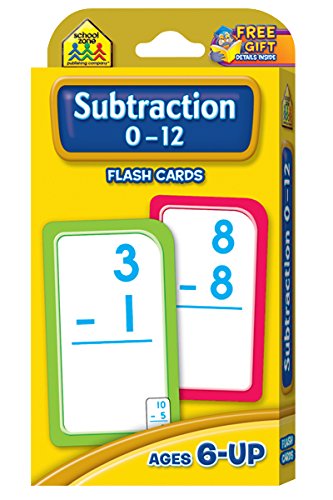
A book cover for Subtraction 0-12 Flash Cards; School Zone Publishing Company Staff; Children's Books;